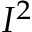
I ^ { 2 }